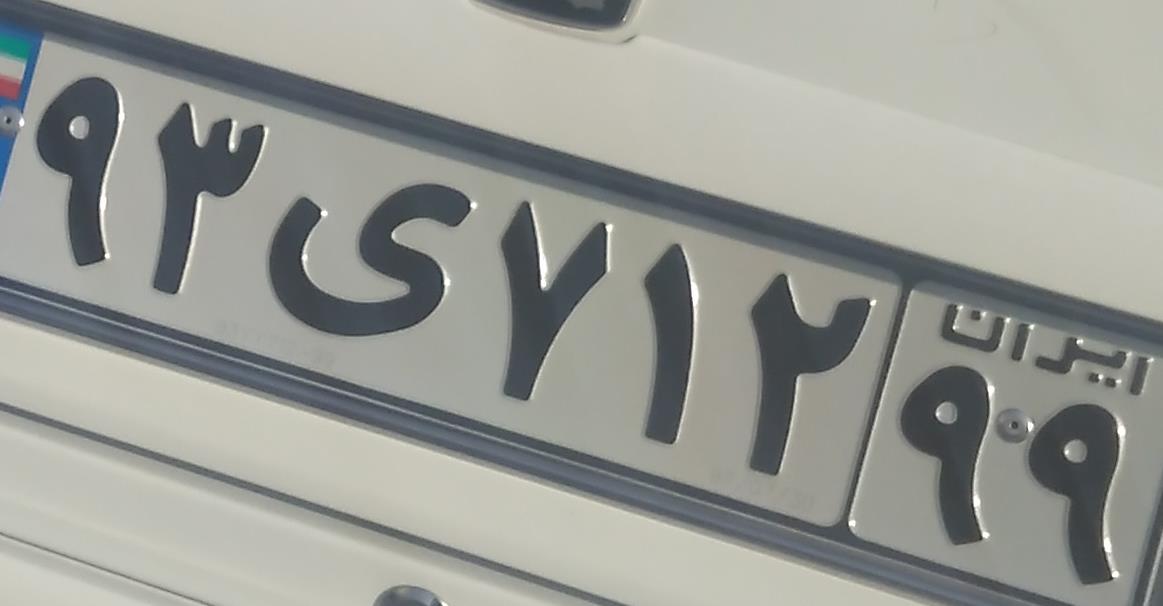
۹۳ی۷۱۲۹۹